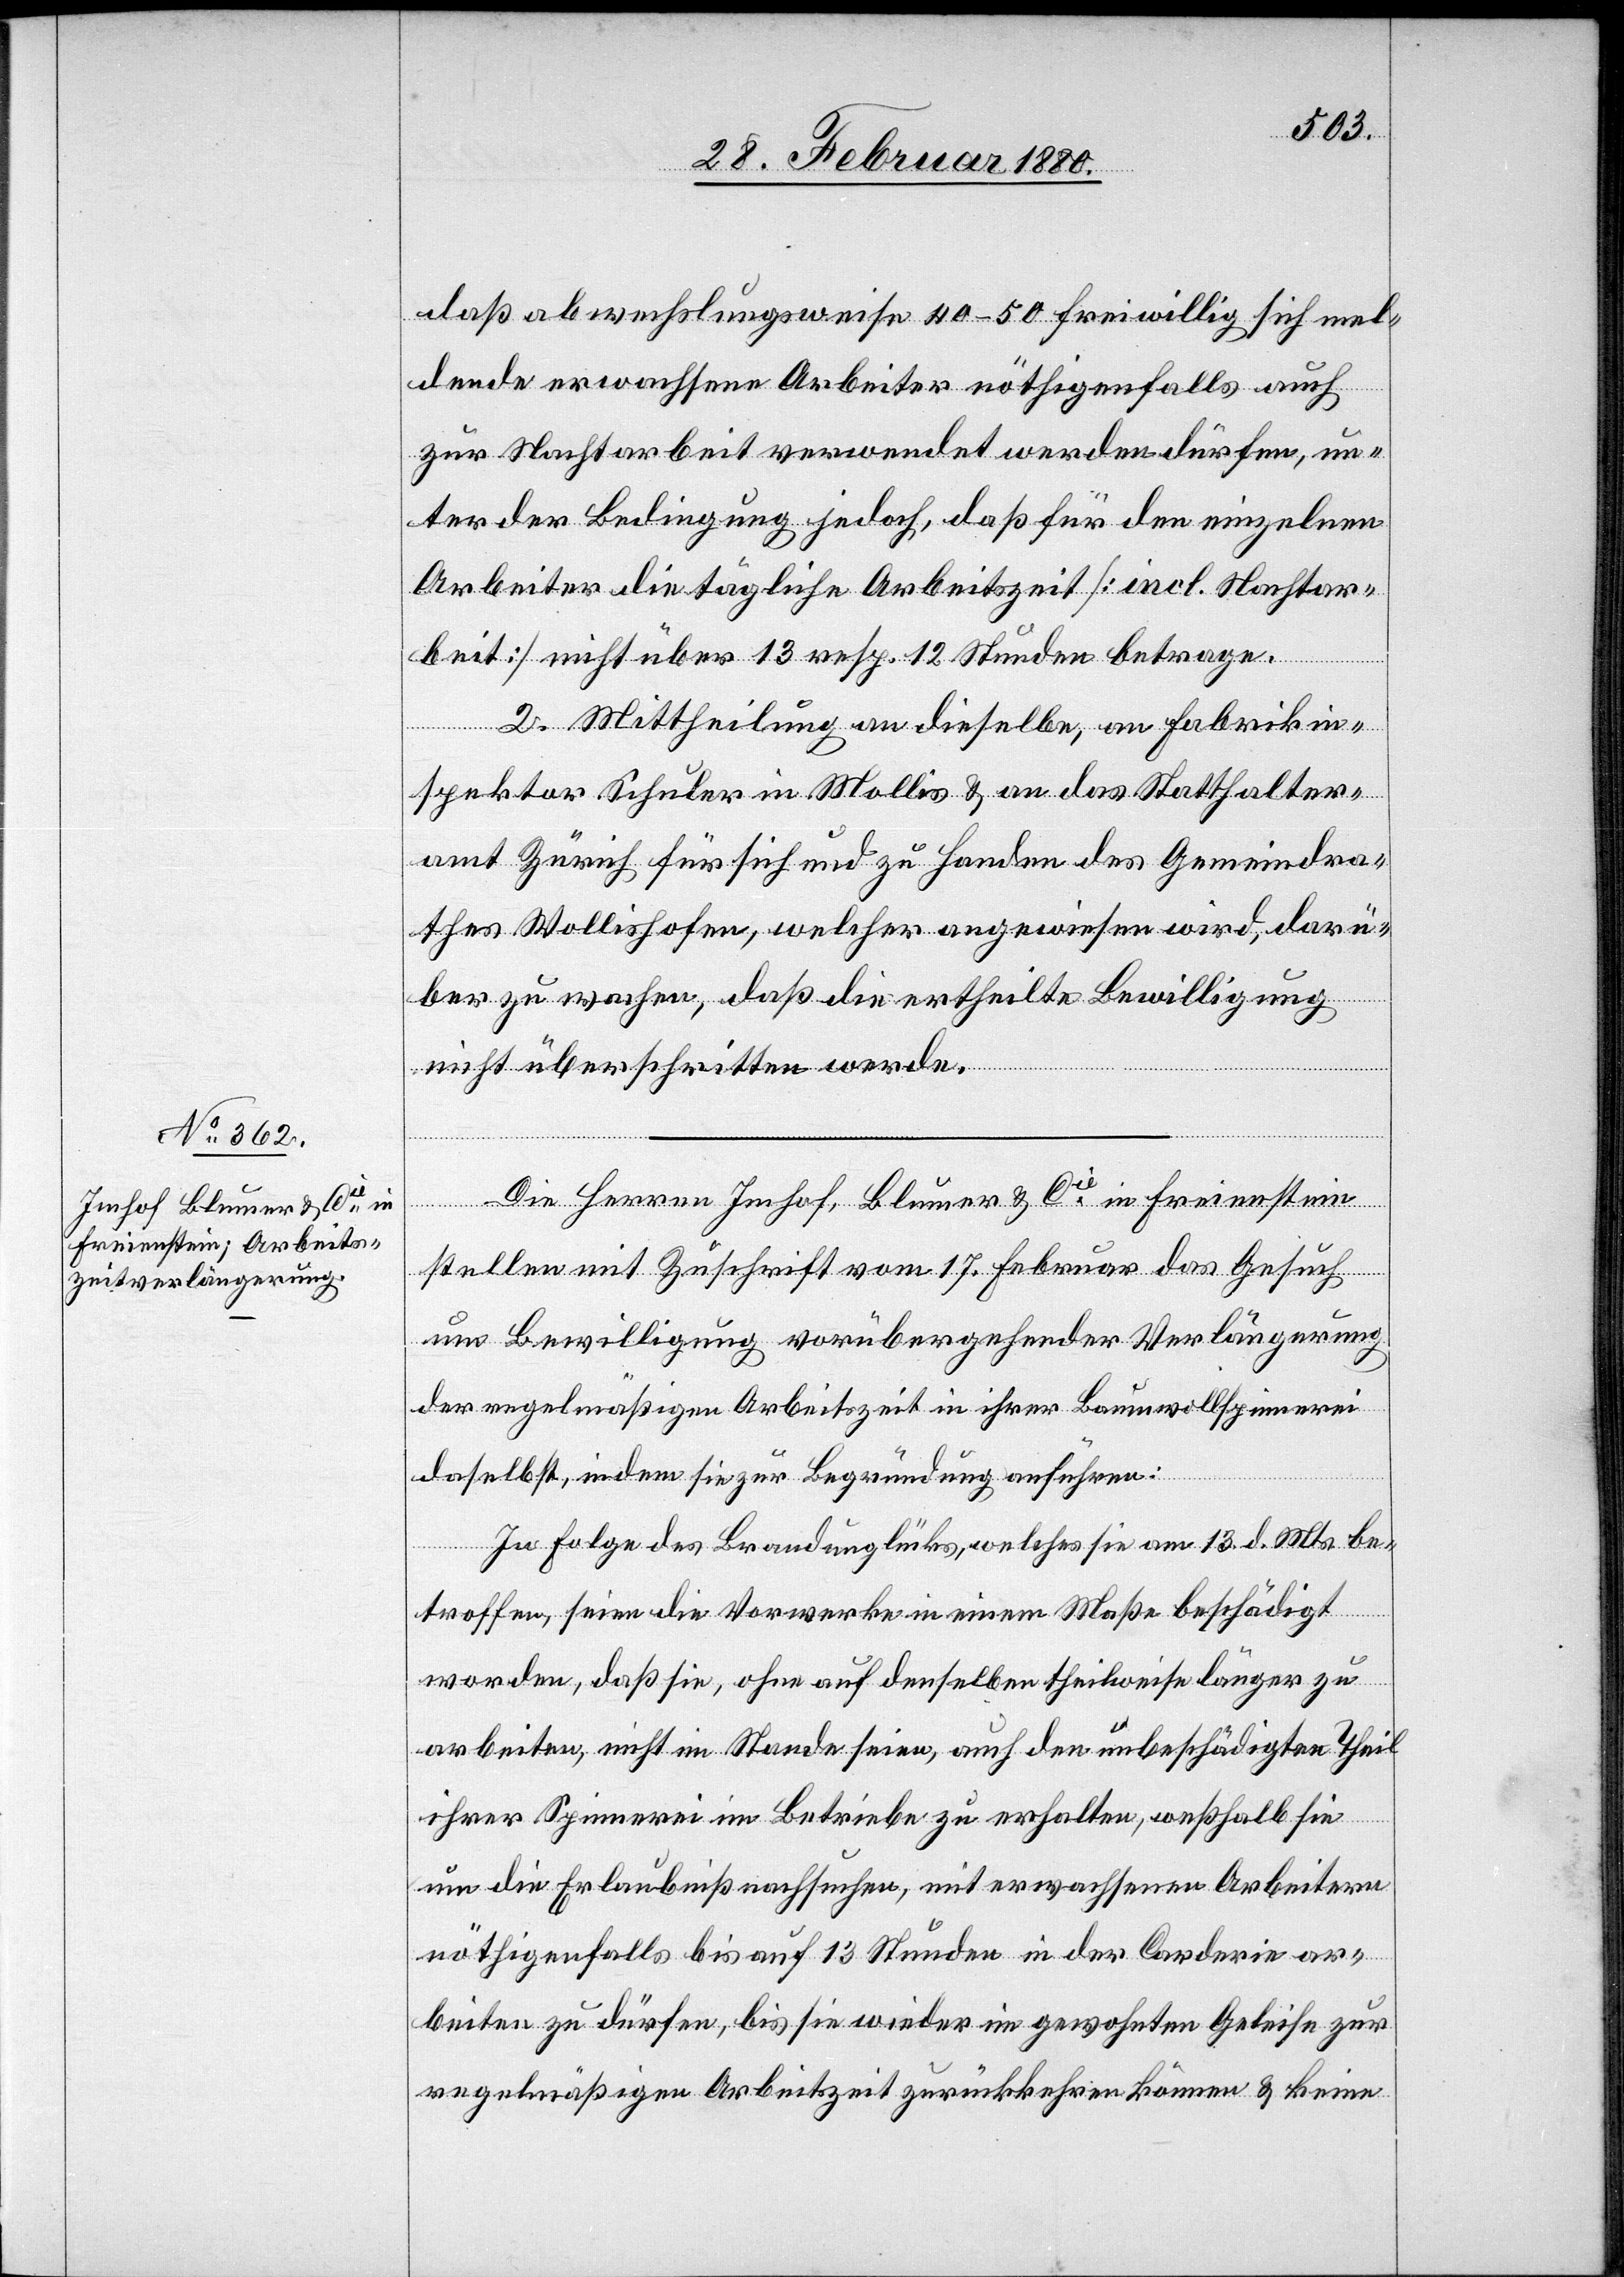
daß abwechslungsweise 40–50 freiwillig sich mel¬
dende erwachsene Arbeiter nöthigenfalls auch
zur Nachtarbeit verwendet werden dürfen, un¬
ter der Bedingung jedoch, daß für den einzelnen
Arbeiter die tägliche Arbeitszeit [incl. Nachtar¬
beit] nicht über 13 resp. 12 Stunden betrage.
2. Mittheilung an dieselbe, an Fabrikin¬
spektor Schuler in Mollis & an das Statthalter¬
amt Zürich für sich und zu Handen des Gemeindra¬
thes Wollishofen, welcher angewiesen wird, darü¬
ber zu wachen, daß die ertheilte Bewilligung
nicht überschritten werde.
Die Herren Imhof, Blumer & Cie in Freienstein
stellen mit Zuschrift vom 17. Februar das Gesuch
um Bewilligung vorübergehender Verlängerung
der regelmäßigen Arbeitszeit in ihrer Baumwollspinnerei
daselbst, indem sie zur Begründung anführen:
In Folge des Brandunglücks, welches sie am 13. d. Mts. be¬
troffen, seien die Vorwerke in einem Maße beschädigt
worden, daß sie, ohne auf denselben theilweise länger zu
arbeiten, nicht im Stande seien, auch den unbeschädigten Theil
ihrer Spinnerei im Betriebe zu erhalten, weßhalb sie
um die Erlaubniß nachsuchen, mit erwachsenen Arbeitern
nöthigenfalls bis auf 13 Stunden in der Carderie ar¬
beiten zu dürfen, bis sie wieder im gewohnten Geleise zur
regelmäßigen Arbeitszeit zurückkehren können & keine